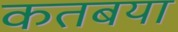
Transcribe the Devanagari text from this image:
कतबया